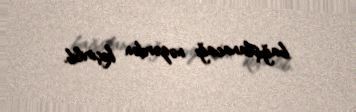
bağışlanacağı nəzərdən keçirilib.